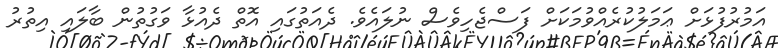
އަމުރުފުޅަށް ޢަމަލުކުރެއްވުމަކަށް ފަސްޖެހިވެސް ނުލައެވެ. ދެއަތުގައި އޮތް ދެއުޅާ ވަގުތުން ބާލައި އިތުރު